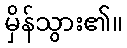
မှိန်သွား၏။